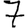
Digit: 7